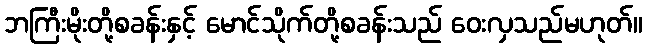
ဘကြီးမိုးတို့စခန်းနှင့် မောင်သိုက်တို့စခန်းသည် ဝေးလှသည်မဟုတ်။